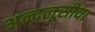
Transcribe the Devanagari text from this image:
अन्दलूसीया